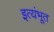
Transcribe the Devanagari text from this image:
इत्यंभूत